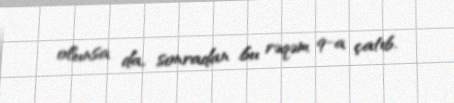
olunsa da, sonradan bu rəqəm 9-a çatıb.